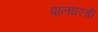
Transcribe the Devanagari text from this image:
पालघरची